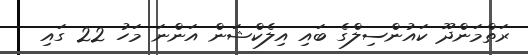
ރަތްމަންދޫ ކައުންސިލްގެ ބައި އިލެކްޝަން އަންނަ މަހު 22 ގައި